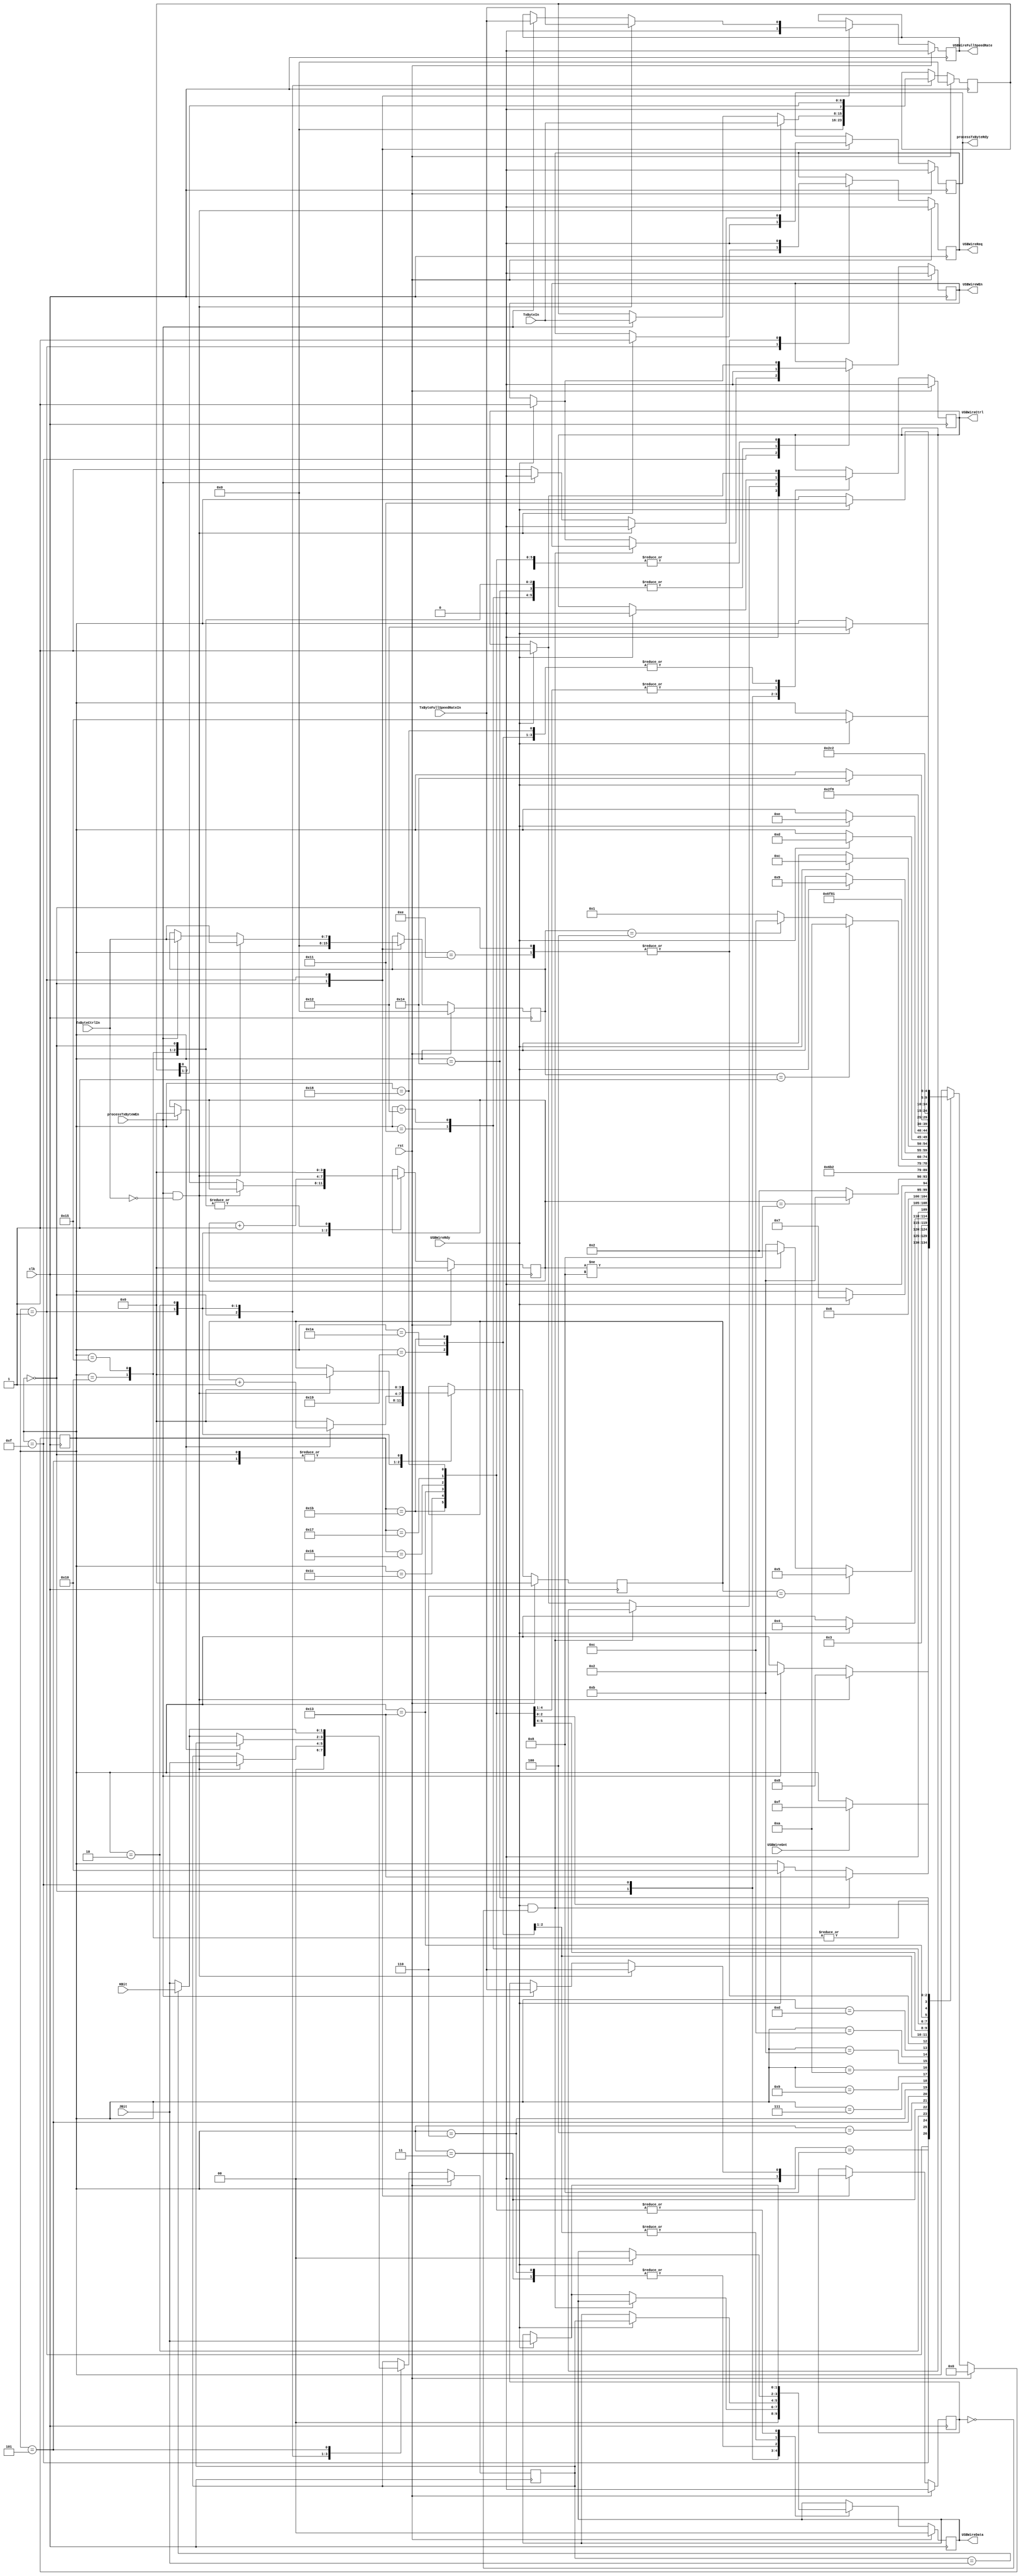
module processTxByte (
	input		[1:0]	JBit,
	input		[1:0]	KBit,
	input		[7:0]	TxByteCtrlIn,
	input				TxByteFullSpeedRateIn,
	input		[7:0]	TxByteIn,
	input				USBWireGnt,
	input				USBWireRdy,
	input				clk,
	input				processTxByteWEn,
	input				rst,
	output	reg			USBWireCtrl,
	output	reg	[1:0]	USBWireData,
	output	reg			USBWireFullSpeedRate,
	output	reg			USBWireReq,
	output	reg			USBWireWEn,
	output	reg			processTxByteRdy
);

	reg				next_USBWireCtrl;
	reg		[1:0]	next_USBWireData;
	reg				next_USBWireFullSpeedRate;
	reg				next_USBWireReq;
	reg				next_USBWireWEn;
	reg				next_processTxByteRdy;

	reg		[1:0]	TXLineState, next_TXLineState;
	reg		[3:0]	TXOneCount, next_TXOneCount;
	reg		[7:0]	TxByteCtrl, next_TxByteCtrl;
	reg				TxByteFullSpeedRate, next_TxByteFullSpeedRate;
	reg		[7:0]	TxByte, next_TxByte;
	reg		[3:0]	i, next_i;

	reg		[4:0]	CurrState_prcTxB;
	reg		[4:0]	NextState_prcTxB;

	//--------------------------------------------------------------------
	// Machine: prcTxB
	//--------------------------------------------------------------------
	//----------------------------------
	// Next State Logic (combinatorial)
	//----------------------------------
	always@(*) begin
		NextState_prcTxB <= CurrState_prcTxB;
		// Set default values for outputs and signals
		next_processTxByteRdy <= processTxByteRdy;
		next_USBWireData <= USBWireData;
		next_USBWireCtrl <= USBWireCtrl;
		next_USBWireReq <= USBWireReq;
		next_USBWireWEn <= USBWireWEn;
		next_i <= i;
		next_TxByte <= TxByte;
		next_TxByteCtrl <= TxByteCtrl;
		next_TXLineState <= TXLineState;
		next_TXOneCount <= TXOneCount;
		next_USBWireFullSpeedRate <= USBWireFullSpeedRate;
		next_TxByteFullSpeedRate <= TxByteFullSpeedRate;
		case(CurrState_prcTxB)
			5'd0: begin
				next_processTxByteRdy <= 1'b0;
				next_USBWireData <= 2'b00;
				next_USBWireCtrl <= 1'b0;
				next_USBWireReq <= 1'b0;
				next_USBWireWEn <= 1'b0;
				next_i <= 4'h0;
				next_TxByte <= 8'h00;
				next_TxByteCtrl <= 8'h00;
				next_TXLineState <= 2'b0;
				next_TXOneCount <= 4'h0;
				next_USBWireFullSpeedRate <= 1'b0;
				next_TxByteFullSpeedRate <= 1'b0;
				NextState_prcTxB <= 5'd1;
			end
			5'd1: begin
				next_processTxByteRdy <= 1'b1;
				if(processTxByteWEn&(TxByteCtrlIn==8'd0)) begin
					NextState_prcTxB <= 5'd8;
					next_processTxByteRdy <= 1'b0;
					next_TxByte <= TxByteIn;
					next_TxByteCtrl <= TxByteCtrlIn;
					next_TxByteFullSpeedRate <= TxByteFullSpeedRateIn;
					next_USBWireFullSpeedRate <= TxByteFullSpeedRateIn;
					next_TXOneCount <= 4'h0;
					next_TXLineState <= JBit;
					next_USBWireReq <= 1'b1; end
				else if(processTxByteWEn) begin
					NextState_prcTxB <= 5'd2;
					next_processTxByteRdy <= 1'b0;
					next_TxByte <= TxByteIn;
					next_TxByteCtrl <= TxByteCtrlIn;
					next_TxByteFullSpeedRate <= TxByteFullSpeedRateIn;
					next_USBWireFullSpeedRate <= TxByteFullSpeedRateIn;
					next_i <= 4'h0; end
			end
			5'd8: begin
				if(USBWireGnt)	NextState_prcTxB <= 5'd15;
			end
			5'd15: begin
				if(USBWireRdy&~TxByteFullSpeedRate)	NextState_prcTxB <= 5'd19;
				else if(USBWireRdy) begin
					NextState_prcTxB <= 5'd16;
					//actively drive the first J bit
					next_USBWireData <= JBit;
					next_USBWireCtrl <= 1'b1;
					next_USBWireWEn <= 1'b1; end
			end
			5'd16: begin
				next_USBWireWEn <= 1'b0;
				NextState_prcTxB <= 5'd2;
				next_i <= 4'h0;
			end
			5'd2: begin
				next_i <= i + 1'b1;
				next_TxByte <= {1'b0, TxByte[7:1] };
				if(TxByte[0])	next_TXOneCount <= TXOneCount + 1'b1;	//If this bit is 1, then increment 'TXOneCount'
				else begin	//else this is a zero bit
					next_TXOneCount <= 4'h0;	//reset 'TXOneCount'
					if(TXLineState==JBit)	next_TXLineState <= KBit;	//toggle the line state
					else	next_TXLineState <= JBit; end
				NextState_prcTxB <= 5'd3;
			end
			5'd3: begin
				if(USBWireRdy) begin
					NextState_prcTxB <= 5'd4;
					next_USBWireWEn <= 1'b1;
					next_USBWireData <= TXLineState;
					next_USBWireCtrl <= 1'b1; end
			end
			5'd4: begin
				next_USBWireWEn <= 1'b0;
				if(TXOneCount==4'h6)	NextState_prcTxB <= 5'd5;
				else if (i!=4'h8)		NextState_prcTxB <= 5'd2;
				else					NextState_prcTxB <= 5'd11;
			end
			5'd5: begin
				next_TXOneCount <= 4'h0;	//reset 'TXOneCount'
				if(TXLineState==JBit)	next_TXLineState <= KBit;
				else					next_TXLineState <= JBit;	//toggle the line state
				NextState_prcTxB <= 5'd6;
			end
			5'd6: begin
				if(USBWireRdy) begin
					NextState_prcTxB <= 5'd7;
					next_USBWireWEn <= 1'b1;
					next_USBWireData <= TXLineState;
					next_USBWireCtrl <= 1'b1; end
			end
			5'd7: begin
				next_USBWireWEn <= 1'b0;
				if(i==4'h8)	NextState_prcTxB <= 5'd11;
				else			NextState_prcTxB <= 5'd2;
			end
			5'd9: begin
				next_USBWireWEn <= 1'b0;
				NextState_prcTxB <= 5'd26;
			end
			5'd10: begin
				NextState_prcTxB <= 5'd25;
			end
			5'd11: begin
				if(TxByteCtrl==8'd1)		NextState_prcTxB <= 5'd10;
				else if(TxByteCtrl==8'd4)	NextState_prcTxB <= 5'd12;
				else						NextState_prcTxB <= 5'd1;
			end
			5'd12: begin
				next_USBWireWEn <= 1'b0;
				NextState_prcTxB <= 5'd27;
			end
			5'd13: begin
				next_USBWireWEn <= 1'b0;
				NextState_prcTxB <= 5'd28;
			end
			5'd14: begin
				next_USBWireWEn <= 1'b0;
				next_USBWireReq <= 1'b0;
				//release the wire
				NextState_prcTxB <= 5'd1;
			end
			5'd25: begin
				if(USBWireRdy) begin
					NextState_prcTxB <= 5'd9;
					next_USBWireWEn <= 1'b1;
					next_USBWireData <= 2'b00;
					next_USBWireCtrl <= 1'b1; end
			end
			5'd26: begin
				if(USBWireRdy) begin
					NextState_prcTxB <= 5'd12;
					next_USBWireWEn <= 1'b1;
					next_USBWireData <= 2'b00;
					next_USBWireCtrl <= 1'b1; end
			end
			5'd27: begin
				if(USBWireRdy) begin
					NextState_prcTxB <= 5'd13;
					next_USBWireWEn <= 1'b1;
					next_USBWireData <= JBit;
					next_USBWireCtrl <= 1'b1; end
			end
			5'd28: begin
				if(USBWireRdy) begin
					NextState_prcTxB <= 5'd14;
					next_USBWireWEn <= 1'b1;
					next_USBWireData <= JBit;
					next_USBWireCtrl <= 1'b0; end
			end
			5'd17: begin
				next_USBWireWEn <= 1'b0;
				NextState_prcTxB <= 5'd23;
			end
			5'd18: begin
				next_USBWireWEn <= 1'b0;
				NextState_prcTxB <= 5'd24;
				end
			5'd19: begin
				if(USBWireRdy) begin
					NextState_prcTxB <= 5'd20;
					next_USBWireWEn <= 1'b1;
					next_USBWireData <= JBit;
					next_USBWireCtrl <= 1'b0; end
			end
			5'd20: begin
				next_USBWireWEn <= 1'b0;
				NextState_prcTxB <= 5'd22;
			end
			5'd21: begin
				next_USBWireWEn <= 1'b0;
				NextState_prcTxB <= 5'd2;
				next_i <= 4'h0;
			end
			5'd22: begin
				if(USBWireRdy) begin
					NextState_prcTxB <= 5'd17;
					next_USBWireWEn <= 1'b1;
					next_USBWireData <= JBit;
					next_USBWireCtrl <= 1'b0; end
			end
			5'd23: begin
				if(USBWireRdy) begin
					NextState_prcTxB <= 5'd18;
					next_USBWireWEn <= 1'b1;
					next_USBWireData <= JBit;
					next_USBWireCtrl <= 1'b0; end
			end
			5'd24: begin
				if(USBWireRdy) begin
					NextState_prcTxB <= 5'd21;
					//Drive the first JBit
					next_USBWireWEn <= 1'b1;
					next_USBWireData <= JBit;
					next_USBWireCtrl <= 1'b1; end
			end
		endcase
	end

	//----------------------------------
	// Current State Logic (sequential)
	//----------------------------------
	always@(posedge clk) begin
		if(rst)	CurrState_prcTxB <= 5'd0;
		else	CurrState_prcTxB <= NextState_prcTxB;
	end

	//----------------------------------
	// Registered outputs logic
	//----------------------------------
	always@(posedge clk) begin
		if(rst)	begin
			i <= 4'h0;
			TxByte <= 8'h00;
			TxByteCtrl <= 8'h00;
			TXLineState <= 2'b0;
			TXOneCount <= 4'h0;
			TxByteFullSpeedRate <= 1'b0;
			processTxByteRdy <= 1'b0;
			USBWireData <= 2'b00;
			USBWireCtrl <= 1'b0;
			USBWireReq <= 1'b0;
			USBWireWEn <= 1'b0;
			USBWireFullSpeedRate <= 1'b0; end
		else begin
			i <= next_i;
			TxByte <= next_TxByte;
			TxByteCtrl <= next_TxByteCtrl;
			TXLineState <= next_TXLineState;
			TXOneCount <= next_TXOneCount;
			TxByteFullSpeedRate <= next_TxByteFullSpeedRate;
			processTxByteRdy <= next_processTxByteRdy;
			USBWireData <= next_USBWireData;
			USBWireCtrl <= next_USBWireCtrl;
			USBWireReq <= next_USBWireReq;
			USBWireWEn <= next_USBWireWEn;
			USBWireFullSpeedRate <= next_USBWireFullSpeedRate; end
	end

endmodule